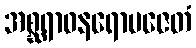
အစ္ဆရာဝနရောပဇေတံ